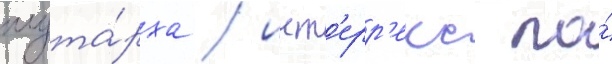
плута́рха / инт'ерр'екс по́